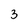
Character: 3